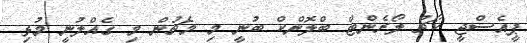
ޕީއެސްޖީ ކޯޗު ލޯރެންޓް ބްލޮންކް ބުނީ މި މެޗުން މި ގެއްލުނީ މުޅި